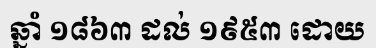
ឆ្នាំ ១៨៦៣ ដល់ ១៩៥៣ ដោយ